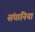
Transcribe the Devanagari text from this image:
संघानिया